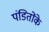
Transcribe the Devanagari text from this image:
पंडितोंके